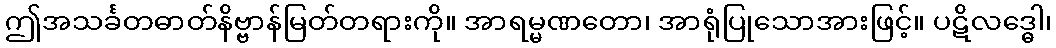
ဤအသင်္ခတဓာတ်နိဗ္ဗာန်မြတ်တရားကို။ အာရမ္မဏတော၊ အာရုံပြုသောအားဖြင့်။ ပဋိလဒ္ဓေါ၊